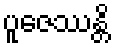
ပူဇေဿန္တိ